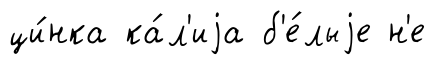
ци́нка ка́л'иjа б'е́лыjе н'е